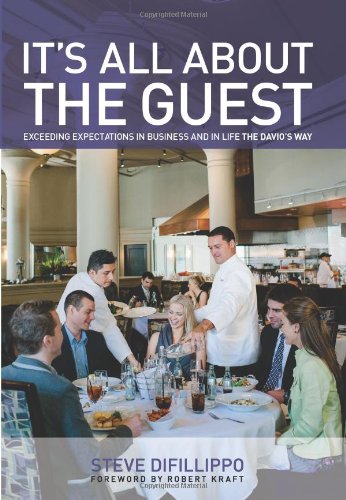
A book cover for It's All About the Guest: Exceeding Expectations In Business And In Life, The Davio's Way; Steve Difillippo; Cookbooks, Food & Wine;